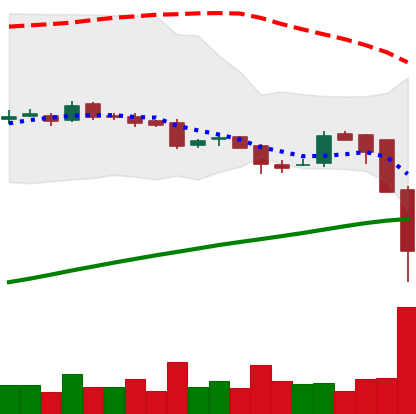
Ticker: LTC-USD
Chart end date: 2016-08-02
Forward return: 3.867%
Label: up_3_5